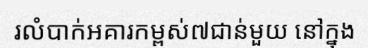
រលំបាក់អគារកម្ពស់៧ជាន់មួយ នៅក្នុង